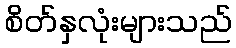
စိတ်နှလုံးများသည်